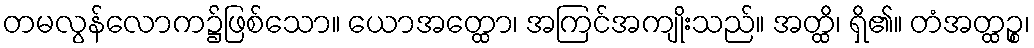
တမလွန်လောက၌ဖြစ်သော။ ယောအတ္ထော၊ အကြင်အကျိုးသည်။ အတ္ထိ၊ ရှိ၏။ တံအတ္ထဉ္စ၊